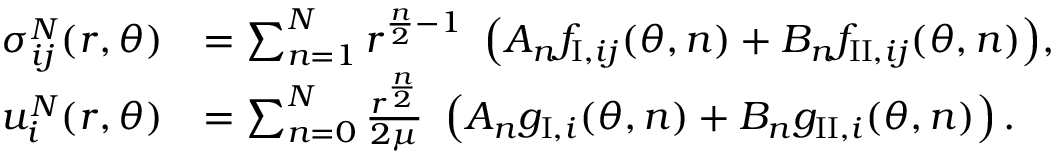
\begin{array} { r l } { \sigma _ { i j } ^ { N } ( r , \theta ) } & { = \sum _ { n = 1 } ^ { N } { r ^ { \frac { n } { 2 } - 1 } \ \left( A _ { n } f _ { \mathrm { I } , i j } ( \theta , n ) + B _ { n } f _ { \mathrm { I I } , i j } ( \theta , n ) \right) } , } \\ { u _ { i } ^ { N } ( r , \theta ) } & { = \sum _ { n = 0 } ^ { N } \frac { r ^ { \frac { n } { 2 } } } { 2 \mu } \ \left( A _ { n } g _ { \mathrm { I } , i } ( \theta , n ) + B _ { n } g _ { \mathrm { I I } , i } ( \theta , n ) \right) . } \end{array}